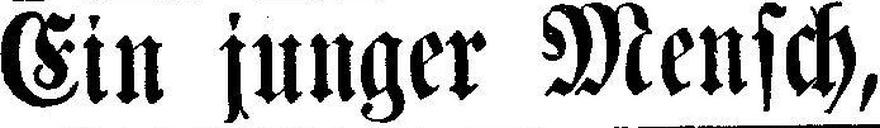
Ein junger Mensch,